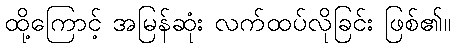
ထို့ကြောင့် အမြန်ဆုံး လက်ထပ်လိုခြင်း ဖြစ်၏။